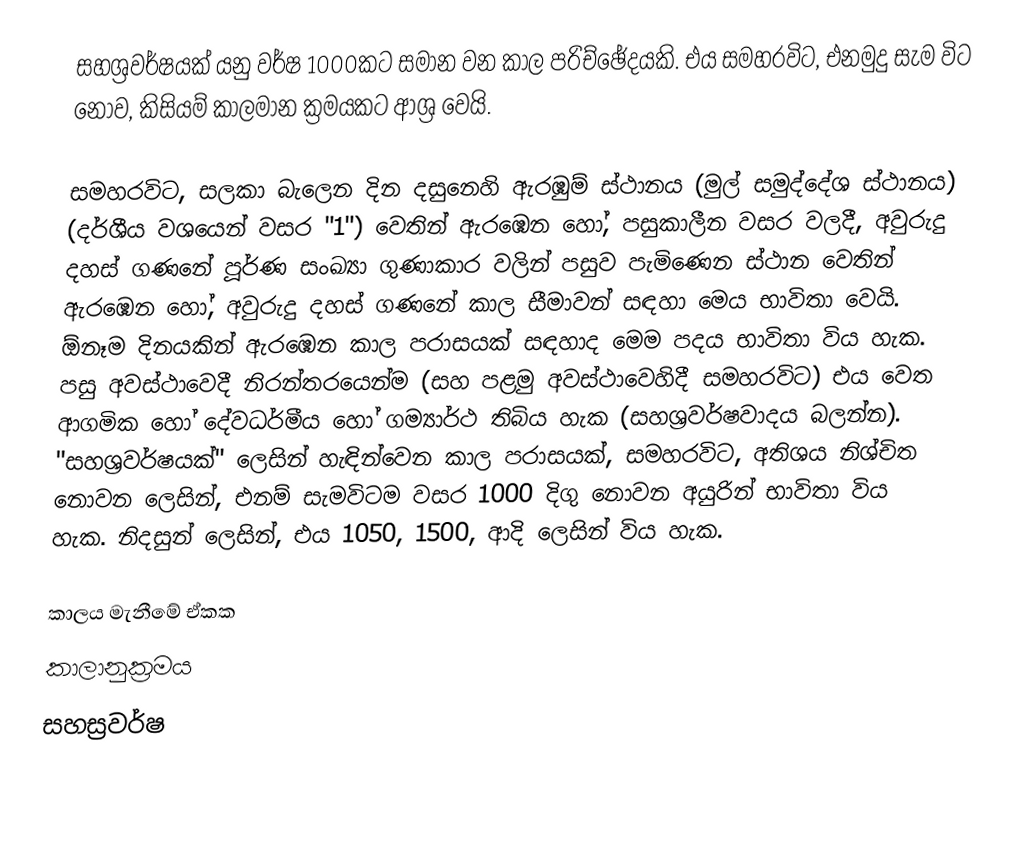
සහශ්‍රවර්ෂයක්  යනු  වර්ෂ  1000කට සමාන වන කාල පරිච්ඡේදයකි.  එය සමහරවිට, එනමුදු සැම විට නොව, කිසියම් කාලමාන ක්‍රමයකට ආශ්‍ර වෙයි.

සමහරවිට, සලකා බැලෙන දින දසුනෙහි ඇරඹුම් ස්ථානය (මුල් සමුද්දේශ ස්ථානය) (දර්ශීය වශයෙන් වසර "1") වෙතින් ඇරඹෙන හෝ,  පසුකාලීන වසර වලදී,  අවුරුදු දහස් ගණනේ පූර්ණ සංඛ්‍යා ගුණාකාර වලින් පසුව පැමිණෙන ස්ථාන වෙතින් ඇරඹෙන හෝ, අවුරුදු දහස් ගණනේ කාල සීමාවන් සඳහා මෙය භාවිතා වෙයි. ඕනෑම දිනයකින් ඇරඹෙන කාල පරාසයක් සඳහාද මෙම පදය භාවිතා විය හැක. පසු අවස්ථාවෙදී නිරන්තරයෙන්ම  (සහ පළමු අවස්ථාවෙහිදී සමහරවිට) එය වෙත ආගමික හෝ දේවධර්මීය හෝ ගම්‍යාර්ථ තිබිය හැක (සහශ්‍රවර්ෂවාදය බලන්න).  "සහශ්‍රවර්ෂයක්" ලෙසින් හැඳින්වෙන කාල පරාසයක්, සමහරවිට, අතිශය නිශ්චිත නොවන ලෙසින්, එනම් සැමවිටම  වසර 1000 දිගු නොවන අයුරින් භාවිතා විය හැක. නිදසුන් ලෙසින්, එය  1050, 1500, ආදි ලෙසින් විය හැක.

කාලය මැනීමේ ඒකක
කාලානුක්‍රමය
සහස්‍රවර්ෂ